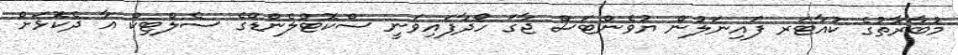
މުބާރާތުގެ ކުއާޓަރ ފައިނަލުން ޔުވެންޓަސް ޖާގަ ހޯދާފައިވަނީ ސްކޮޓްލެންޑްގެ ސެލްޓިކް އާ ދެކޮަޅަށް